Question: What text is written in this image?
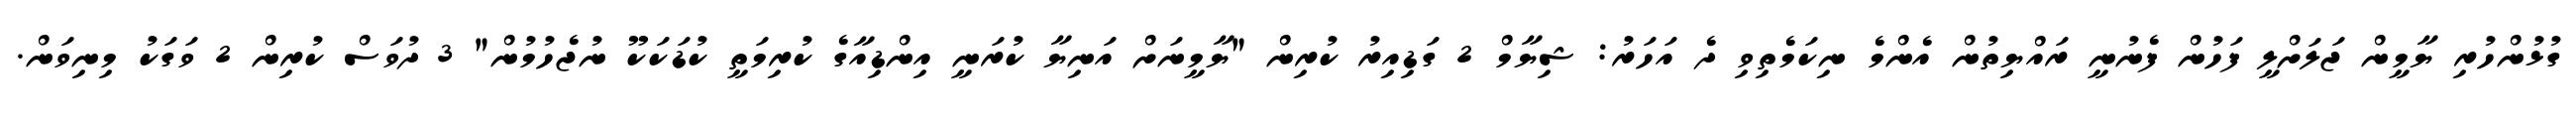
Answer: ގުޅުންހުރި ޔާމީން ޖަލަށްލީ ފަހުން ފެނުނީ ރައްޔިތުން އެންމެ ނިކަމެތިވި ދެ އަހަރު: ޝިޔާމް 2 ގަޑިއިރު ކުރިން "ޔާމީނަށް އަނިޔާ ކުރަނީ އިންޑިއާގެ ކުރިމަތީ ކުޑަކަކޫ ނުޖެހުމުން" 3 ދުވަސް ކުރިން 2 ވަގަކު މިނިވަން.